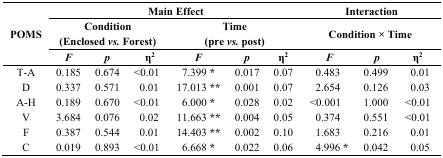
<table><thead><tr><td rowspan="3"><b>POMS</b></td><td colspan="6"><b>Main Effect</b></td><td colspan="3"><b>Interaction</b></td></tr><tr><td colspan="3"><b>Condition (Enclosed<i> vs.</i> Forest)</b></td><td colspan="3"><b>Time (pre<i> vs.</i> post)</b></td><td colspan="3"><b>Condition × Time</b></td></tr><tr><td><b><i>F</i></b></td><td><b><i>p</i></b></td><td><b>η<sup>2</sup></b></td><td><b><i>F</i></b></td><td><b><i>p</i></b></td><td><b>η<sup>2</sup></b></td><td><b><i>F</i></b></td><td><b><i>p</i></b></td><td><b>η<sup>2</sup></b></td></tr></thead><tbody><tr><td>T-A</td><td>0.185</td><td>0.674</td><td>&lt;0.01</td><td>7.399 *</td><td>0.017</td><td>0.07</td><td>0.483</td><td>0.499</td><td>0.01</td></tr><tr><td>D</td><td>0.337</td><td>0.571</td><td>0.01</td><td>17.013 **</td><td>0.001</td><td>0.07</td><td>2.654</td><td>0.126</td><td>0.03</td></tr><tr><td>A-H</td><td>0.189</td><td>0.670</td><td>&lt;0.01</td><td>6.000 *</td><td>0.028</td><td>0.02</td><td>&lt;0.001</td><td>1.000</td><td>&lt;0.01</td></tr><tr><td>V</td><td>3.684</td><td>0.076</td><td>0.02</td><td>11.663 **</td><td>0.004</td><td>0.05</td><td>0.374</td><td>0.551</td><td>&lt;0.01</td></tr><tr><td>F</td><td>0.387</td><td>0.544</td><td>0.01</td><td>14.403 **</td><td>0.002</td><td>0.10</td><td>1.683</td><td>0.216</td><td>0.01</td></tr><tr><td>C</td><td>0.019</td><td>0.893</td><td>&lt;0.01</td><td>6.668 *</td><td>0.022</td><td>0.06</td><td>4.996 *</td><td>0.042</td><td>0.05</td></tr></tbody></table>